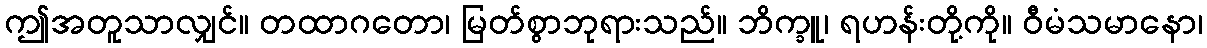
ဤအတူသာလျှင်။ တထာဂတော၊ မြတ်စွာဘုရားသည်။ ဘိက္ခူ၊ ရဟန်းတို့ကို။ ဝီမံသမာနော၊